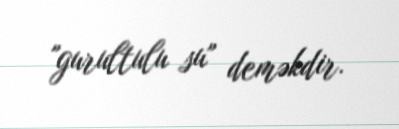
"gurultulu su" deməkdir.